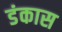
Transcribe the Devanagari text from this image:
डंकास